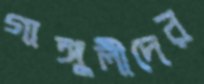
গাঙ্গুলীদের